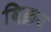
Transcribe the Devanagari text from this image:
विक्रय